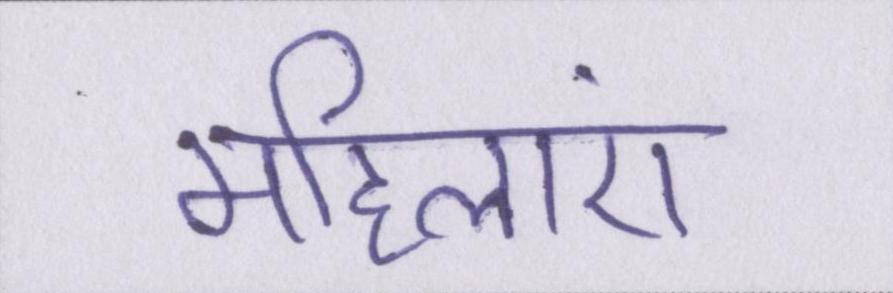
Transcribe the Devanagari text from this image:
महिलाएं